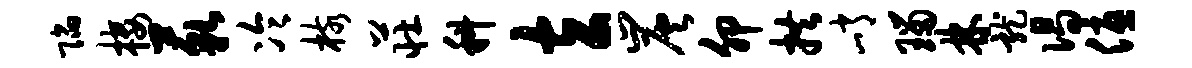
陷楼藐冷核庄科玄炭卯拱峭瑙林龙偈优